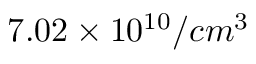
7 . 0 2 \times 1 0 ^ { 1 0 } / c m ^ { 3 }